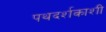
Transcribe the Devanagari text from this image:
पथदर्शकाशी